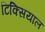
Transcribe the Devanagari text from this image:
टिक्सियाल